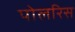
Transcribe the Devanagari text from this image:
पोलरिस